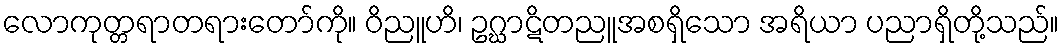
လောကုတ္တရာတရားတော်ကို။ ဝိညူဟိ၊ ဥဂ္ဃာဋိတညူအစရှိသော အရိယာ ပညာရှိတို့သည်။